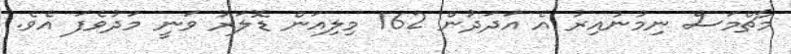
މާޗްމަސް ނިމުނުއިރު އެ އަދަދުން 162 މިލިއަން ޑޮލަރު ވަނީ މަދުވެފަ އެވެ.